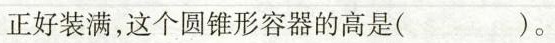
正好装满，这个圆锥形容器的高是( )。